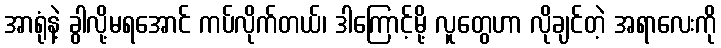
အာရုံနဲ့ ခွါလို့မရအောင် ကပ်လိုက်တယ်၊ ဒါကြောင့်မို့ လူတွေဟာ လိုချင်တဲ့ အရာလေးကို